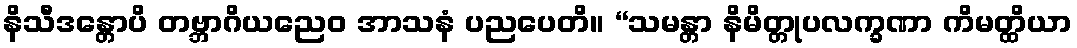
နိသီဒန္တောပိ တဗ္ဘာဂိယညေဝ အာသနံ ပညပေတိ။ “သမန္တာ နိမိတ္တုပလက္ခဏာ ကိမတ္ထိယာ